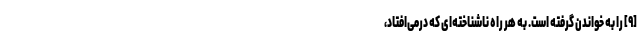
[۹] را به خواندن گرفته است. به هر راهِ ناشناخته‌ای که درمی‌افتاد،